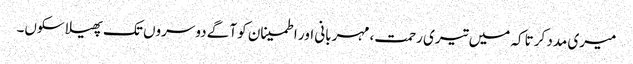
میری مدد کر تاکہ میں تیری رحمت، مہربانی اور اطمینان کو آگے دوسروں تک پھیلا سکوں۔